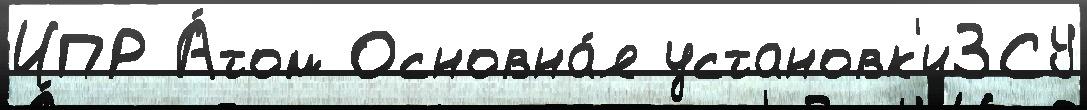
ИПР А́том Основна́я установк'иЗСУ